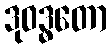
ဒုဝဒ္ဓတော